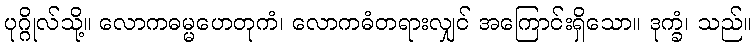
ပုဂ္ဂိုလ်သို့။ လောကဓမ္မဟေတုကံ၊ လောကဓံတရားလျှင် အကြောင်းရှိသော။ ဒုက္ခံ၊ သည်။